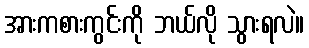
အားကစားကွင်းကို ဘယ်လို သွားရလဲ။